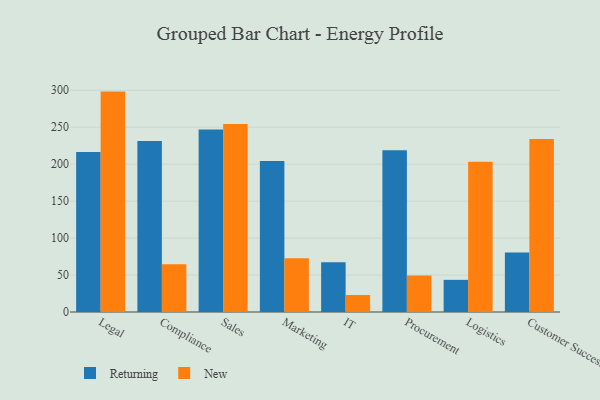
{"axis": {"x": "Department", "y": "Demand Index"}, "legend": ["New", "Returning"], "data": [{"x": "Legal", "y": 216.6, "type": "Returning"}, {"x": "Legal", "y": 298.2, "type": "New"}, {"x": "Compliance", "y": 231.3, "type": "Returning"}, {"x": "Compliance", "y": 64.5, "type": "New"}, {"x": "Sales", "y": 246.8, "type": "Returning"}, {"x": "Sales", "y": 254.2, "type": "New"}, {"x": "Marketing", "y": 204.3, "type": "Returning"}, {"x": "Marketing", "y": 72.6, "type": "New"}, {"x": "IT", "y": 67.3, "type": "Returning"}, {"x": "IT", "y": 23.0, "type": "New"}, {"x": "Procurement", "y": 218.9, "type": "Returning"}, {"x": "Procurement", "y": 49.5, "type": "New"}, {"x": "Logistics", "y": 43.5, "type": "Returning"}, {"x": "Logistics", "y": 203.2, "type": "New"}, {"x": "Customer Success", "y": 80.4, "type": "Returning"}, {"x": "Customer Success", "y": 234.2, "type": "New"}]}